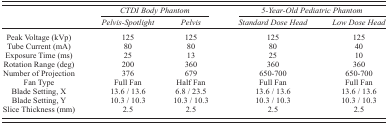
<table><thead><tr><td></td><td colspan="2"><b><i>CTDI Body Phantom</i></b></td><td colspan="2"><b><i>5‐Year‐Old Pediatric Phantom</i></b></td></tr><tr><td></td><td><b><i>Pelvis‐Spotlight</i></b></td><td><b><i>Pelvis</i></b></td><td><b><i>Standard Dose Head</i></b></td><td><b><i>Low Dose Head</i></b></td></tr></thead><tbody><tr><td>Peak Voltage (kVp)</td><td>125</td><td>125</td><td>125</td><td>125</td></tr><tr><td>Tube Current (mA)</td><td>80</td><td>80</td><td>80</td><td>40</td></tr><tr><td>Exposure Time (ms)</td><td>25</td><td>13</td><td>25</td><td>10</td></tr><tr><td>Rotation Range (deg)</td><td>200</td><td>360</td><td>360</td><td>360</td></tr><tr><td>Number of Projection</td><td>376</td><td>679</td><td>650‐700</td><td>650‐700</td></tr><tr><td>Fan Type</td><td>Full Fan</td><td>Half Fan</td><td>Full Fan</td><td>Full Fan</td></tr><tr><td>Blade Setting, X</td><td>13.6 / 13.6</td><td>6.8 / 23.5</td><td>13.6 / 13.6</td><td>13.6 / 13.6</td></tr><tr><td>Blade Setting, Y</td><td>10.3 / 10.3</td><td>10.3 / 10.3</td><td>10.3 / 10.3</td><td>10.3 / 10.3</td></tr><tr><td>Slice Thickness (mm)</td><td>2.5</td><td>2.5</td><td>2.5</td><td>2.5</td></tr></tbody></table>